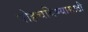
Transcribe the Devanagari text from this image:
पोहचविण्यासाठी